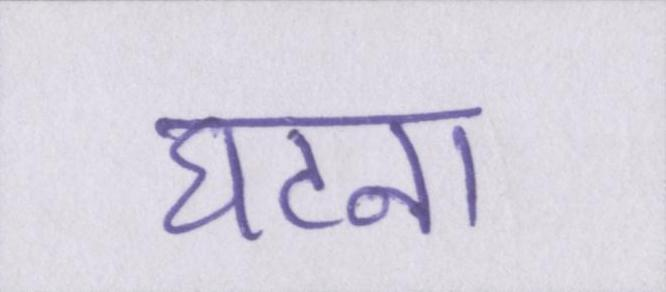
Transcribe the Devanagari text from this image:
घटना